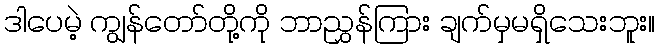
ဒါပေမဲ့ ကျွန်တော်တို့ကို ဘာညွှန်ကြား ချက်မှမရှိသေးဘူး။